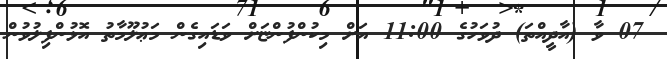
07 ވާ (އާދީއްތަ) ދުވަހުގެ 11:00 އަށް މިކުންފުންޏަށް ވަޑައިގެން މަޢުލޫމާތު އޮޅުންފިލުވުން